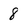
Character: 8